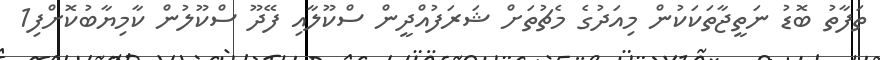
ތަފާތު ބޮޑު ނަތީޖާތަކަކުން މިއަދުގެ މެޗުތަށް ޝަރަފުއްދީން ސްކޫލާއި ފޭދޫ ސްކޫލުން ކާމިޔާބުކޮށްފި1